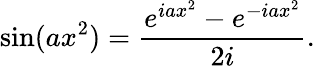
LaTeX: \sin(ax^{2})={\frac{e^{iax^{2}}-e^{-iax^{2}}}{2i}}.